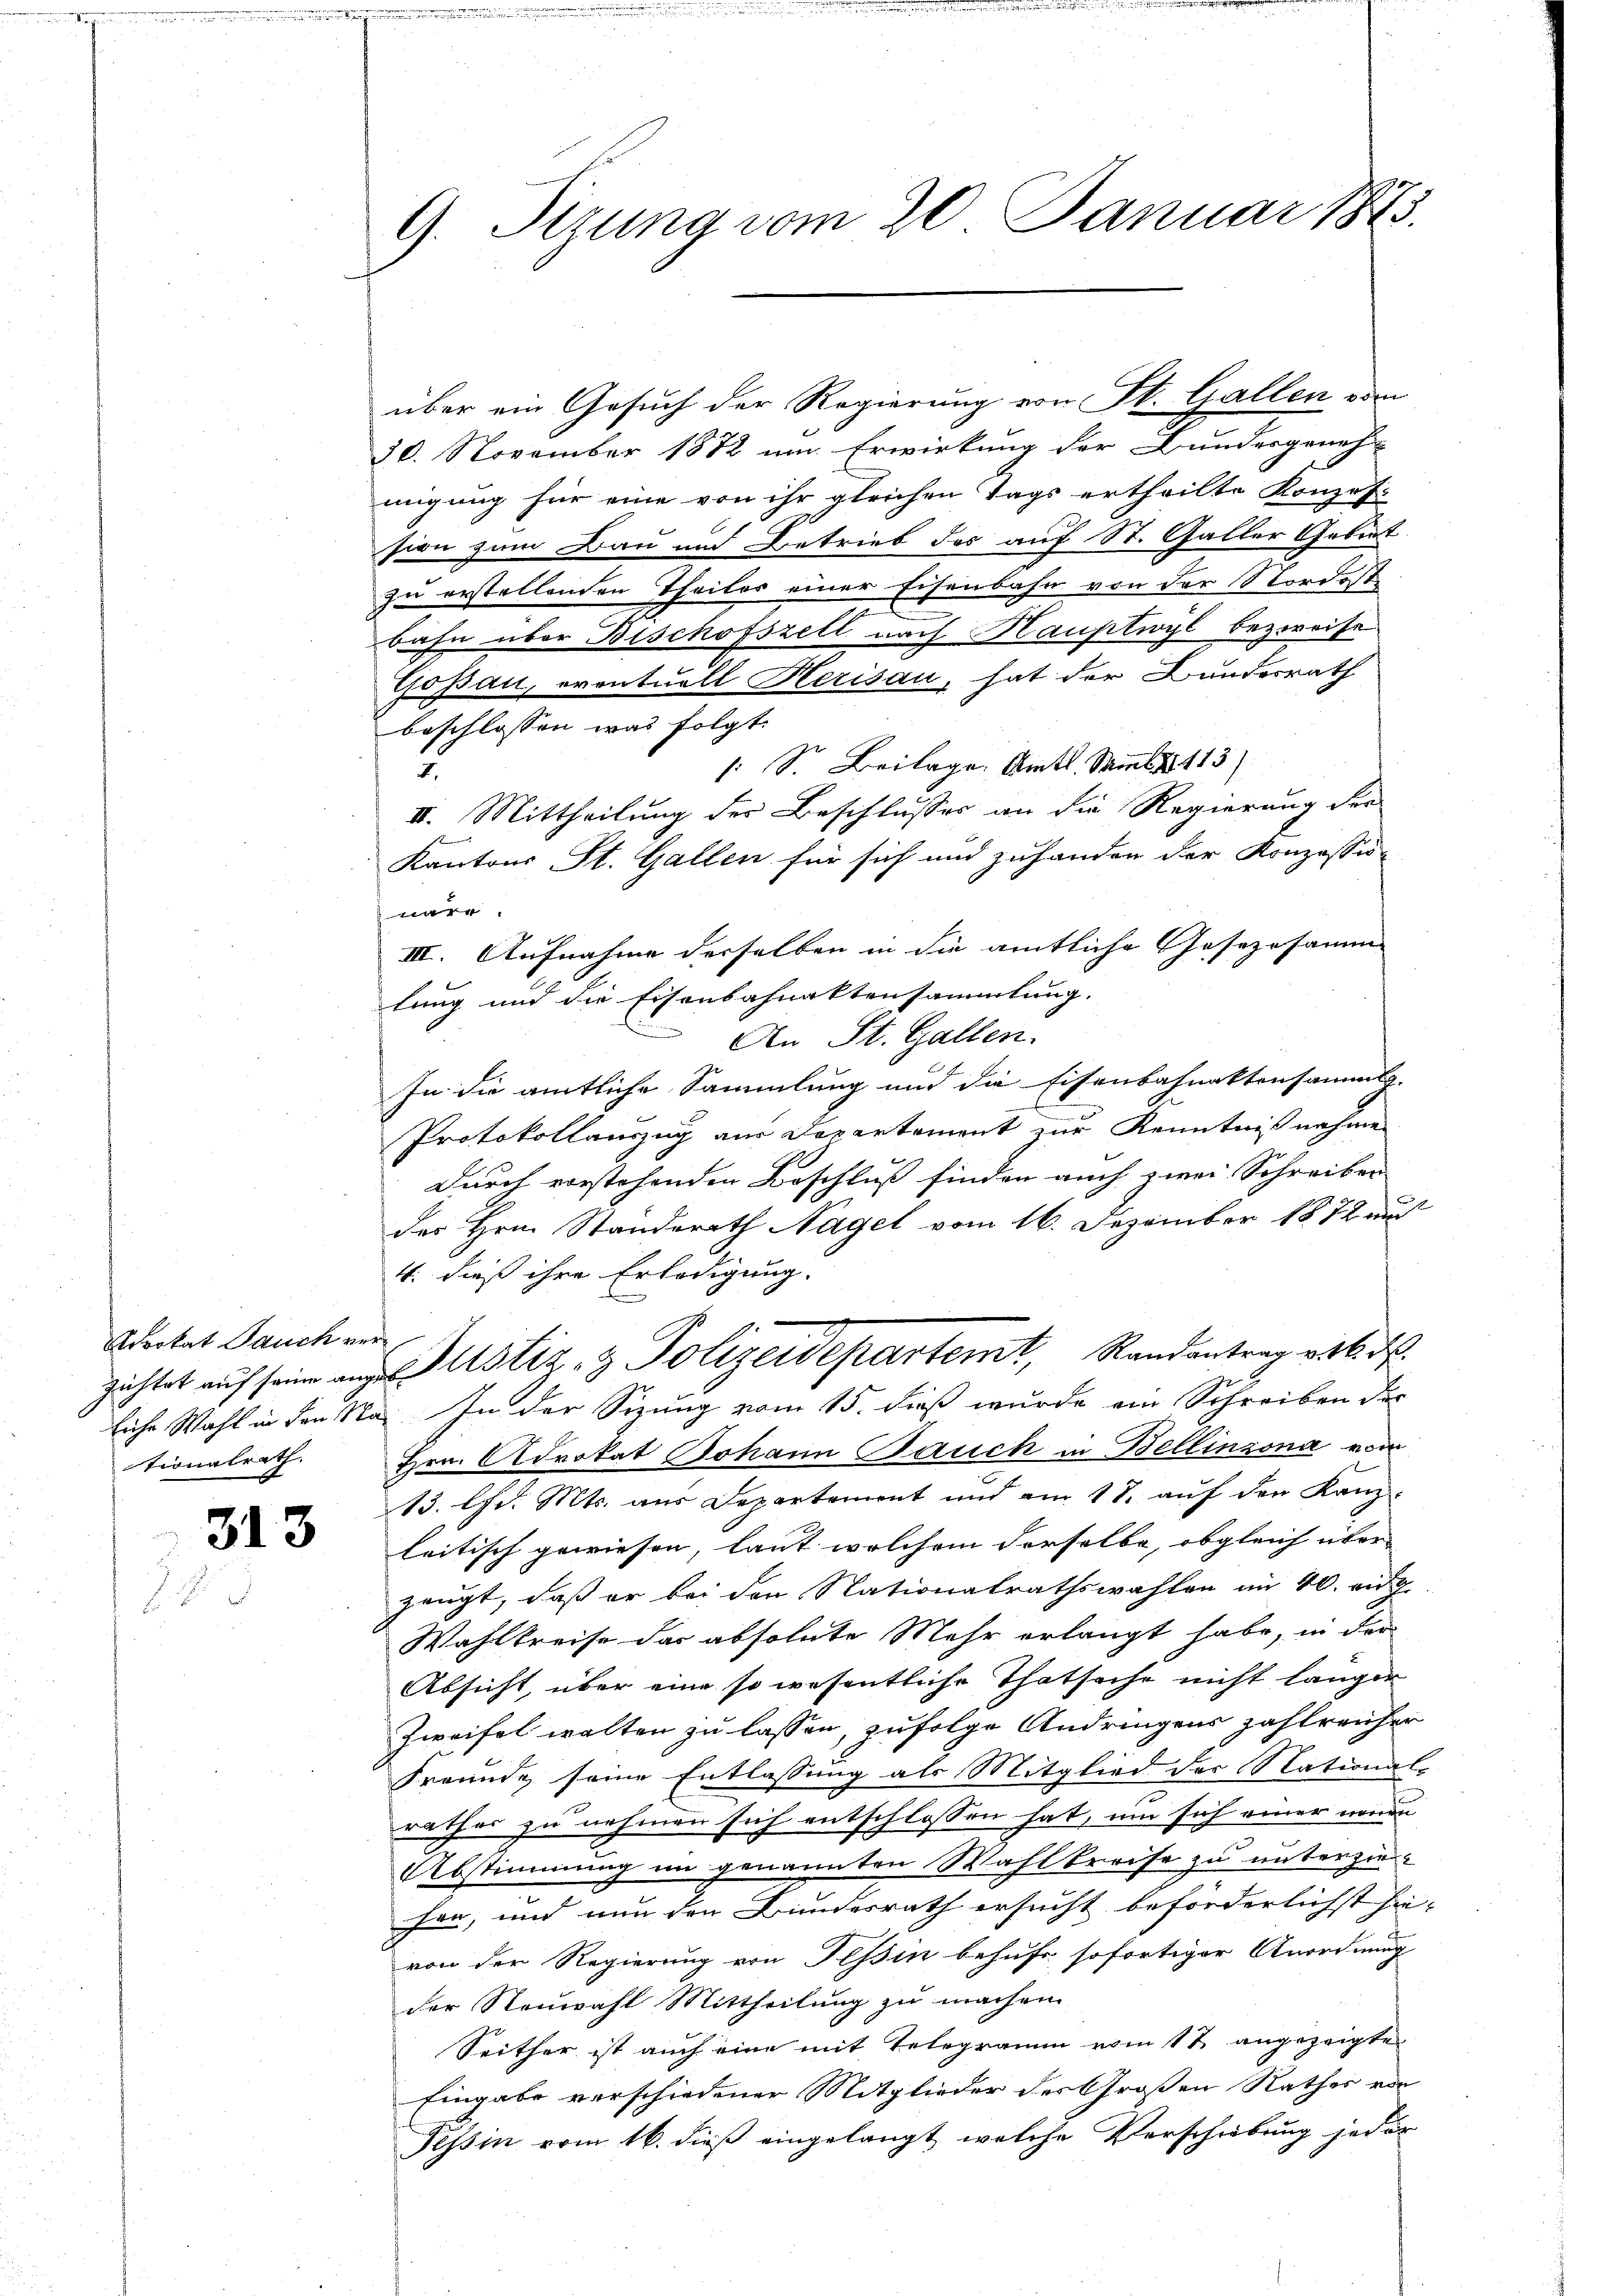
Advokat Pauch vertionalrath

313

9. Sizung vom 20. Januar 1875.

über ein Gesuch der Regierung von St. Gallen vom
20. November 1872 um Erwirkung der Bundesgeneh-
migung für eine von ihr gleichen Tags ertheilte Konzes-
sion zum Bau und Betrieb des auf St. Galler Gebiet
zu erstellenden Theiles einer Eisenbahn von der Nordost
bahn über Bischofszell nach Hauptwyl bezweife
Gossau, eventuell Herisau, hat der Bundesrath
beschlossen was folgt.
: S. Beilage. Amtl. Samml. 113)
1
II. Mittheilung des Beschlusses an die Regierung der
Kantons St. Gallen für sich und zuhanden der Konzessio-
nare.
III. Aufnahme derselben in die amtliche Gesezesamm
tung und die Eisenbahnaktensammlung.
An St. Gallen.
In die amtliche Sammlung und die Eisenbahnaktensammlg.
Protokollauszug aus Departement zur Kenntnißnahme
Durch vorstehenden Beschluß finden auch zwei Schreiben
des Hrn. Standerath Nagel vom 16. Dezember 1872 und
4. dieß ihre Erledigung.
zichtet auf seine aus Justiz- & Polizeidepartemt, Randantrag von d
liche Wahl in den Na. In der Sizung vom 15. dieß wurde ein Schreiben der
Hrn. Advokat Johann Bauch in Bellinzona vom
13. lfd. Mts. aus Departement und am 18. auf den Kanz-
leitisch gewiesen, laut welchem derselbe, obgleich über- |
zeugt, daß er bei den Nationalrathswahlen im 40. ei
Wahlkreise das absolute Mehr erlangt habe, in der
Absicht, über eine so wesentliche Thatsache nicht länger
Zweifel walten zu lassen, zufolge Andringens zahlreicher
Freunde seine Entlassung als Mitglied der National-
rathes zu nehmen sich entschlossen hat, um sich einer neuen
Abstimmung im genannten Wahlkreise zu unterziefen, und nun den Bundesrath ersucht beförderlichst sei-
von der Regierung von Tessin behufe sofortiger Anordnung
der Neuwahl Mittheilung zu machen
Seither ist auch eine mit Telegramm vom 17 angezeigte
Eingabe verschiedener Mitglieder der Großen Rathes von
Tessin vom 16. dieß eingelangt, welche Verschiebung jeder